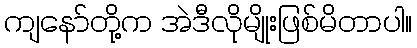
ကျနော်တို့က အဲဒီလိုမျိုးဖြစ်မိတာပါ။